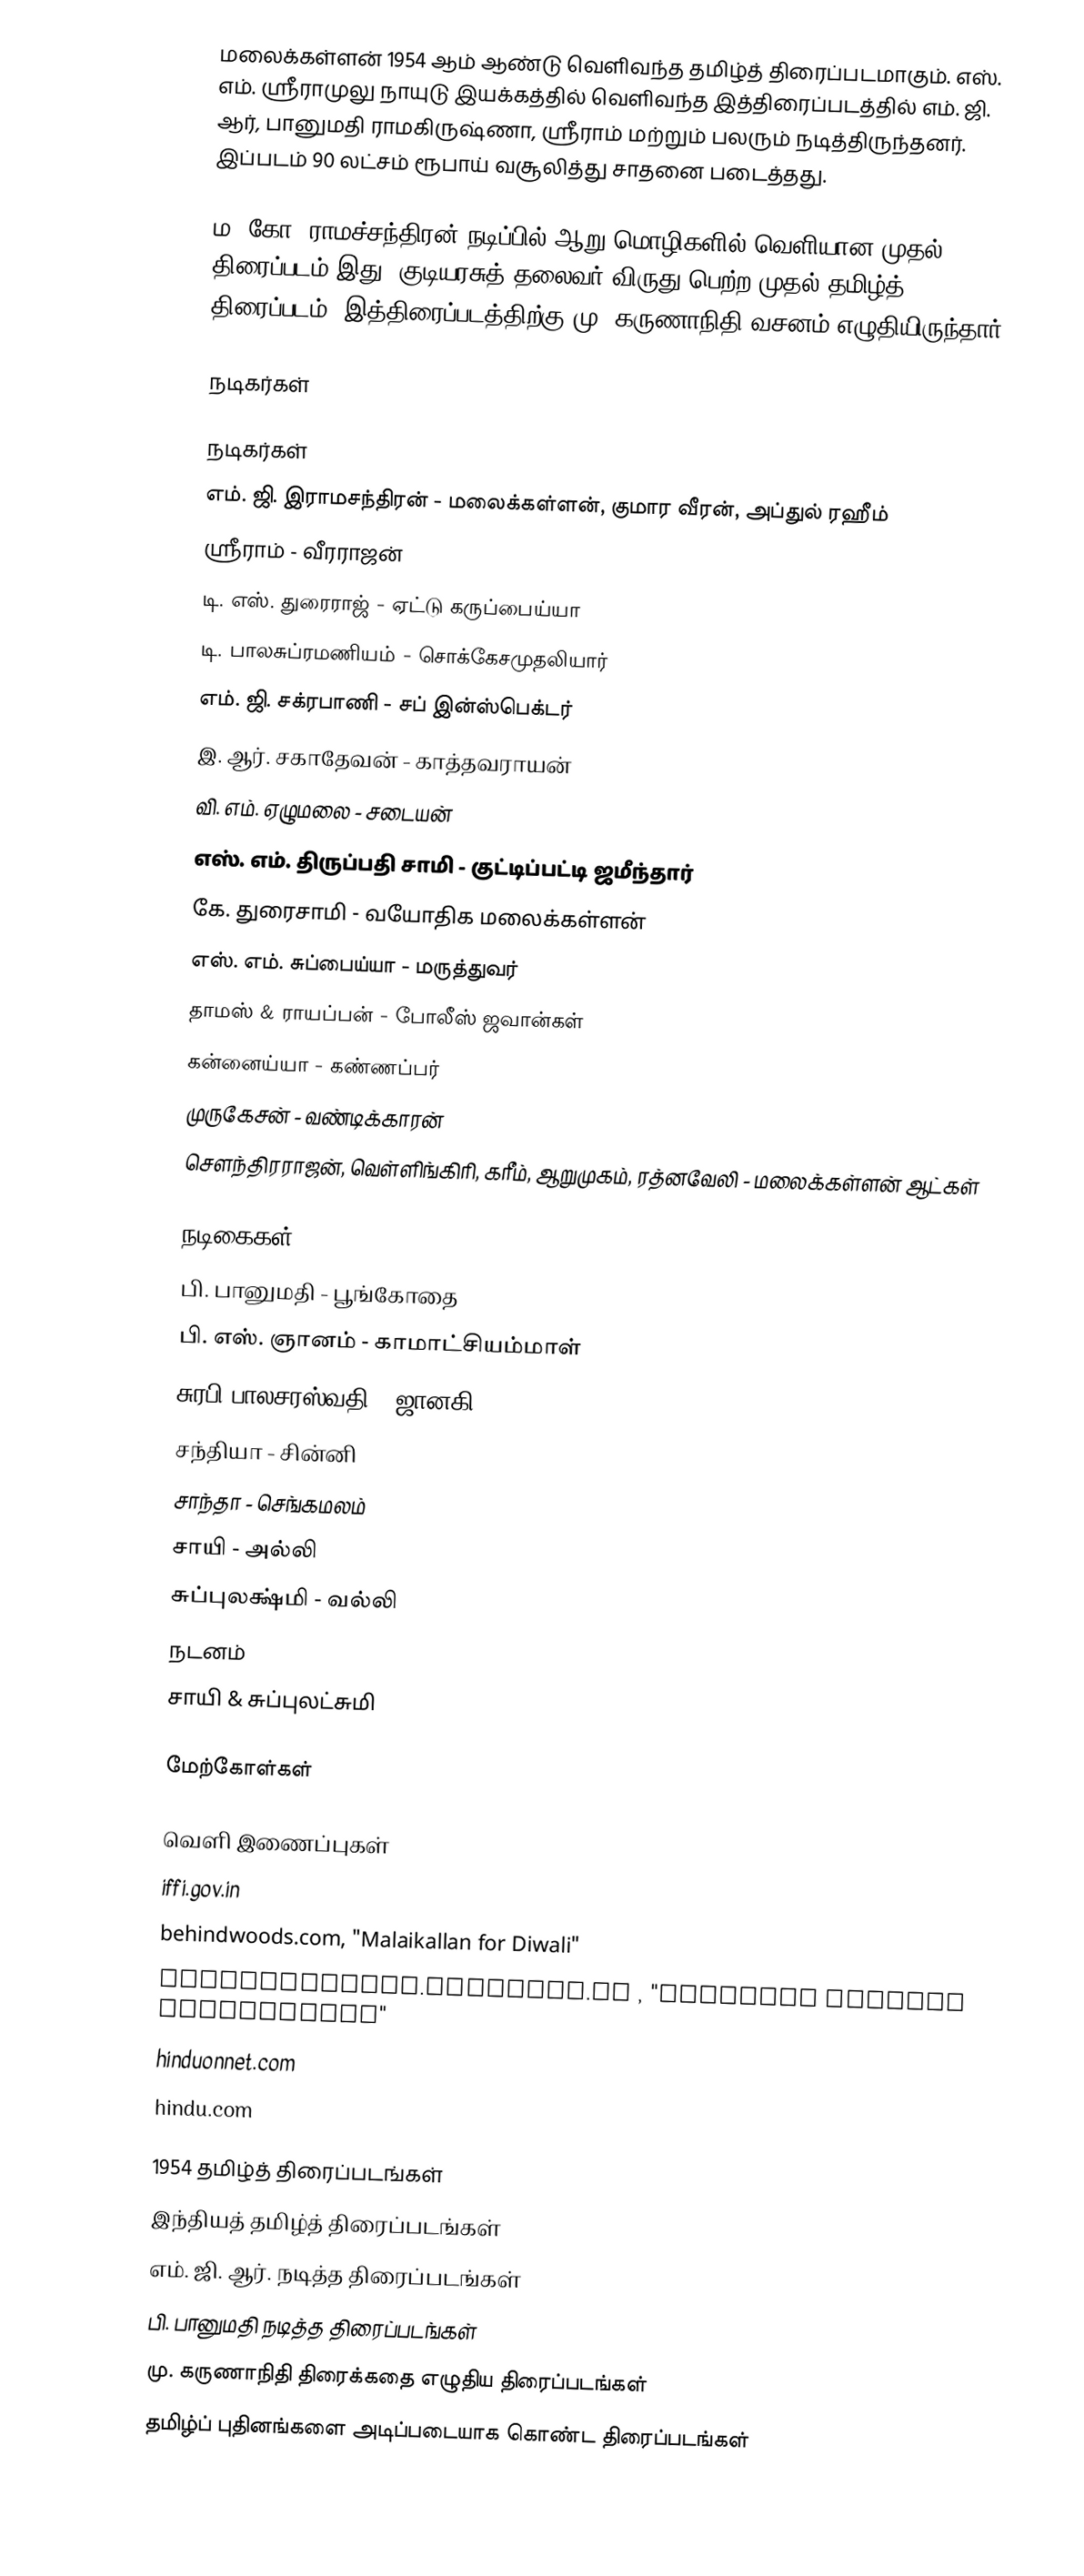
மலைக்கள்ளன் 1954 ஆம் ஆண்டு வெளிவந்த தமிழ்த் திரைப்படமாகும். எஸ். எம். ஸ்ரீராமுலு நாயுடு இயக்கத்தில் வெளிவந்த இத்திரைப்படத்தில் எம். ஜி. ஆர், பானுமதி ராமகிருஷ்ணா, ஸ்ரீராம் மற்றும் பலரும் நடித்திருந்தனர். இப்படம் 90 லட்சம் ரூபாய் வசூலித்து சாதனை படைத்தது.

ம. கோ. ராமச்சந்திரன் நடிப்பில் ஆறு மொழிகளில் வெளியான முதல் திரைப்படம் இது. குடியரசுத் தலைவர் விருது பெற்ற முதல் தமிழ்த் திரைப்படம். இத்திரைப்படத்திற்கு மு. கருணாநிதி வசனம் எழுதியிருந்தார்.

நடிகர்கள்

நடிகர்கள்
 எம். ஜி. இராமசந்திரன் - மலைக்கள்ளன், குமார வீரன், அப்துல் ரஹீம்
 ஶ்ரீராம் - வீரராஜன்
 டி. எஸ். துரைராஜ் - ஏட்டு கருப்பைய்யா
 டி. பாலசுப்ரமணியம் - சொக்கேசமுதலியார்
 எம். ஜி. சக்ரபாணி - சப் இன்ஸ்பெக்டர்
 இ. ஆர். சகாதேவன் - காத்தவராயன்
 வி. எம். ஏழுமலை - சடையன்
 எஸ். எம். திருப்பதி சாமி - குட்டிப்பட்டி ஜமீந்தார்
 கே. துரைசாமி - வயோதிக மலைக்கள்ளன்
 எஸ். எம். சுப்பைய்யா - மருத்துவர்
 தாமஸ் & ராயப்பன் - போலீஸ் ஜவான்கள்
 கன்னைய்யா - கண்ணப்பர்
 முருகேசன் - வண்டிக்காரன்
 சௌந்திரராஜன், வெள்ளிங்கிரி, கரீம், ஆறுமுகம், ரத்னவேலி - மலைக்கள்ளன் ஆட்கள்

நடிகைகள்
 பி. பானுமதி - பூங்கோதை
 பி. எஸ். ஞானம் - காமாட்சியம்மாள்
 சுரபி பாலசரஸ்வதி - ஜானகி
 சந்தியா - சின்னி
 சாந்தா - செங்கமலம்
 சாயி - அல்லி
 சுப்புலக்ஷ்மி - வல்லி
நடனம்
 சாயி & சுப்புலட்சுமி

மேற்கோள்கள்

வெளி இணைப்புகள்
iffi.gov.in
behindwoods.com, "Malaikallan for Diwali"
entertainment.oneindia.in , "Rajkiran revives Malaikallan"
hinduonnet.com
hindu.com

1954 தமிழ்த் திரைப்படங்கள்
இந்தியத் தமிழ்த் திரைப்படங்கள்
எம். ஜி. ஆர். நடித்த திரைப்படங்கள்
பி. பானுமதி நடித்த திரைப்படங்கள்
மு. கருணாநிதி திரைக்கதை எழுதிய திரைப்படங்கள்
தமிழ்ப் புதினங்களை அடிப்படையாக கொண்ட திரைப்படங்கள்